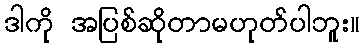
ဒါကို အပြစ်ဆိုတာမဟုတ်ပါဘူး။